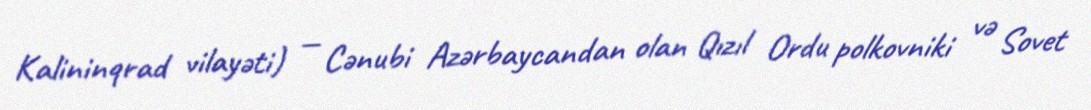
Kalininqrad vilayəti) — Cənubi Azərbaycandan olan Qızıl Ordu polkovniki və Sovet